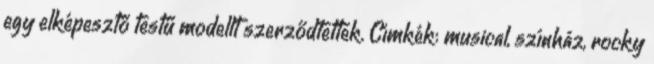
egy elképesztő testű modellt szerződtettek. Címkék: musical, színház, rocky